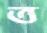
ত